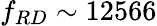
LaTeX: f_{RD}\sim{12566}